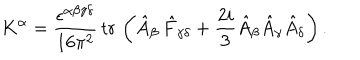
LaTeX: K ^ { \alpha } = \frac { \epsilon ^ { \alpha \beta \gamma \delta } } { 1 6 \pi ^ { 2 } } \, \mathrm { t r \, } \left( \hat { A } _ { \beta } \, \hat { F } _ { \gamma \delta } + \frac { 2 i } 3 \hat { A } _ { \beta } \hat { A } _ { \gamma } \hat { A } _ { \delta } \right) .